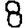
Digit: 8